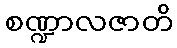
စဏ္ဍာလဇာတိ